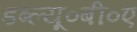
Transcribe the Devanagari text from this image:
डब्ल्यू०बी०ए